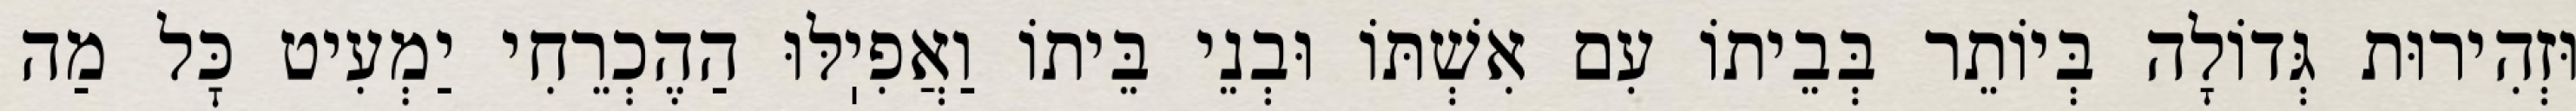
וּזְהִירוּת גְּדוֹלָה בְּיוֹתֵר בְּבֵיתוֹ עִם אִשְׁתּוֹ וּבְנֵי בֵּיתוֹ וַאֲפִיֽלּוּ הַהֶכְרֵחִי יַמְעִיט כׇּל מַה